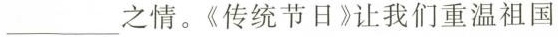
___之情。《传统节日》让我们重温祖国